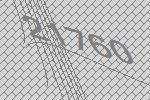
21760